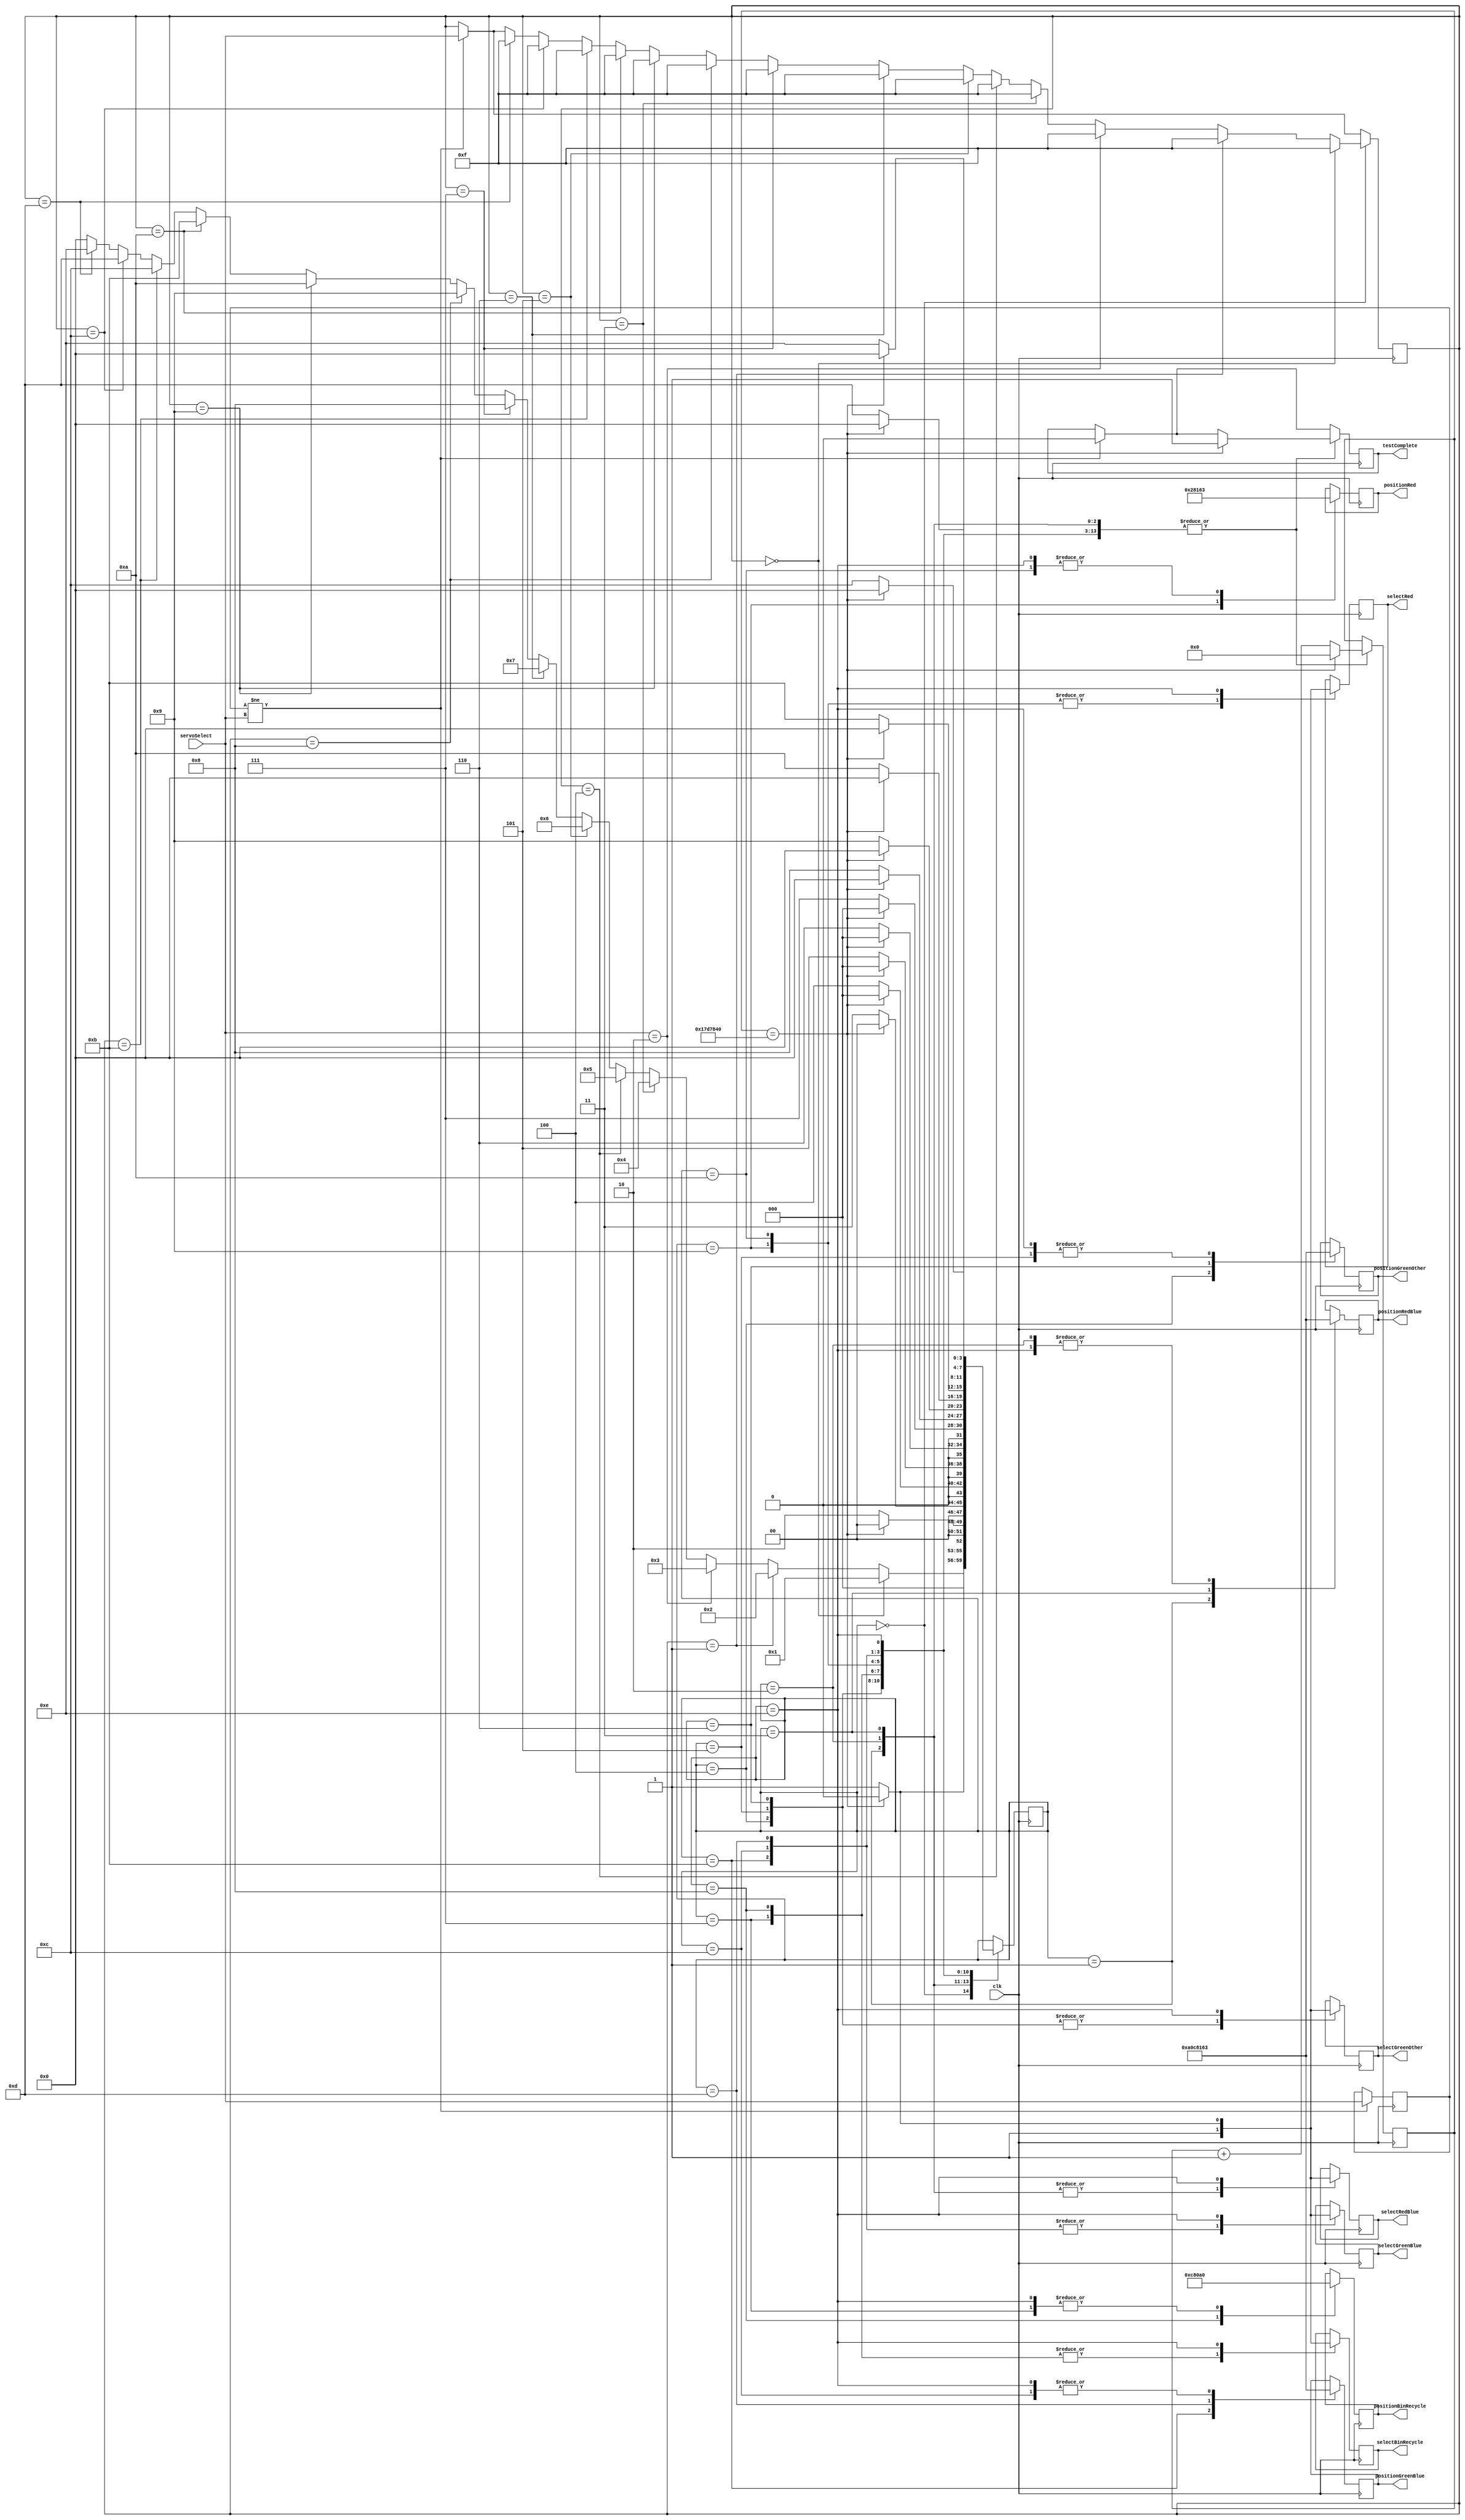
module testServo(clk, servoSelect, selectRedBlue, selectGreenOther, selectBinRecycle, selectRed, selectGreenBlue, positionRedBlue, positionGreenOther, positionBinRecycle, positionRed, positionGreenBlue, testComplete);

//inputs
input clk;
input [3:0] servoSelect;

//outputs
output selectRedBlue, selectGreenOther, selectBinRecycle, selectRed, selectGreenBlue;
output [9:0] positionRedBlue, positionGreenOther, positionBinRecycle, positionRed, positionGreenBlue;
output testComplete;

//reg
reg selectRedBlue, selectGreenOther, selectBinRecycle, selectRed, selectGreenBlue;
reg [9:0] positionRedBlue, positionGreenOther, positionBinRecycle, positionRed, positionGreenBlue;
reg [3:0] state;
reg [24:0] pause;
reg [3:0] servoSelectCheck, servoSelect_reg;
reg testComplete;

//initial
initial pause = 25'd0;
initial selectRedBlue = 1'b0;
initial selectGreenOther = 1'b0;
initial selectBinRecycle = 1'b0;
initial selectRed = 1'b0;
initial selectGreenBlue = 1'b0;

//state
parameter control = 4'd0, redBlueLeft = 4'd1, redBlueCentre = 4'd2, redBlueRight = 4'd3, greenOtherUp = 4'd4,
		  greenOtherCentre = 4'd5, greenOtherDown = 4'd6, binRecycleLeft = 4'd7, binRecycleRight = 4'd8,
		  redPush = 4'd9, redHome = 4'd10, greenBlueLeft = 4'd11, greenBlueCentre = 4'd12,
		  greenBlueRight = 4'd13, maintenanceEND = 4'd14;

always@(posedge clk)
	begin
	if(servoSelectCheck != servoSelect)	//check if the input of which servo to test has changed
		begin
		servoSelectCheck <= servoSelect;	//change the check to the input if it is diffrent
		servoSelect_reg <= servoSelect;		//change the reg to the input if it is diffrent
		testComplete <= 1'b0;
		end
	case(state)
		control:
			begin
			if(servoSelect_reg == 4'b0000)	//check if input is redBlueLeft
				begin
				servoSelect_reg <= 4'b1111;	// set servo select to do nothing state
				state <= redBlueLeft;	//goto redBlueLeft state
				end
			else if(servoSelect_reg == 4'b0001)	//check if input is redBlueCentre
				begin
				servoSelect_reg <= 4'b1111;	//set servo select to do nothing state
				state <= redBlueCentre;	//goto greenOtherLeft state
				end
			else if(servoSelect == 4'b0010)	//check if input is redBlueRight
				begin
				servoSelect_reg <= 4'b1111;
				state <= redBlueRight;
				end
			else if(servoSelect_reg == 4'b0011)	//check if input is greenOtherUp
				begin
				servoSelect_reg <= 4'b1111;
				state <= greenOtherUp;
				end
			else if(servoSelect_reg == 4'b0100)	//check if input is greenOtherCentre
				begin
				servoSelect_reg <= 4'b1111;
				state <= greenOtherCentre;
				end
			else if(servoSelect_reg == 4'b0101)	//check if input is greenOtherDown
				begin
				servoSelect_reg <= 4'b1111;
				state <= greenOtherDown;
				end
			else if(servoSelect_reg == 4'b0110)	//check if input is binRecycleLeft
				begin
				servoSelect_reg <= 4'b1111;
				state <= binRecycleLeft;
				end
			else if(servoSelect_reg == 4'b0111)	//check if input is binRecycleRight
				begin
				servoSelect_reg <= 4'b1111;
				state <= binRecycleRight;
				end
			else if(servoSelect_reg == 4'b1000)	//check if input is redPush
				begin
				servoSelect_reg <= 4'b1111;
				state <= redPush;
				end
			else if(servoSelect_reg == 4'b1001)	//check if input is redHome
				begin
				servoSelect_reg <= 4'b1111;
				state <= redHome;
				end
			else if(servoSelect_reg == 4'b1010)	//check if input is greenBlueLeft
				begin
				servoSelect_reg <= 4'b1111;
				state <= greenBlueLeft;
				end
			else if(servoSelect_reg == 4'b1011)	//check if input is greenBlueCentre
				begin
				servoSelect_reg <= 4'b1111;
				state <= greenBlueCentre;
				end
			else if(servoSelect_reg == 4'b1100)	//check if input is greenBlueRight
				begin
				servoSelect_reg <= 4'b1111;
				state <= greenBlueRight;
				end
			else if(servoSelect_reg == 4'b1101)
				begin
				servoSelect_reg <= 4'b1111;
				state <= maintenanceEND;
				end
			else
				state <= control;			//if servo select is none of the action values then set state back to cnotrol
			end
		redBlueLeft:			//REDBLUELEFT
			begin
			selectRedBlue <= 1'b1;
			positionRedBlue <= 10'd160;	//set servo to 0 degrees
			if(pause == 25000000)
				begin
				pause <= 0;
				testComplete <= 1'b1;
				state <= control;
				end
			else
				begin
				pause <= pause + 1;
				state <= redBlueLeft;
				end
			end
		redBlueCentre:			//REDBLUECENTRE
			begin
			selectRedBlue <= 1'b1;
			positionRedBlue <= 10'd355;	//set servo to 90 degrees
			if(pause == 25000000)	//wait for 0.5 seconds
				begin
				pause <= 0;	//set pause to 0
				testComplete <= 1'b1;
				state <= control;	//goto control state
				end
			else
				begin
				pause <= pause + 1;	//increse pause by one
				state <= redBlueCentre;	//continue looping
				end
			end
		redBlueRight:			//REDBLUERIGHT
			begin
			selectRedBlue <= 1'b1;
			positionRedBlue <= 10'd800;	//set servo to 90 degrees
			if(pause == 25000000)	//wait for 0.5 seconds
				begin
				pause <= 0;	//set pause to 0 
				testComplete <= 1'b1;
				state <= control;	//goto control state
				end
			else
				begin
				pause <= pause + 1;	//increase pause by one
				state <= redBlueRight;	//goto state redBlueRight
				end
			end
		greenOtherUp:			//GREENOTHERUP
			begin
			selectGreenOther <= 1'b1;
			positionGreenOther <= 10'd160;	//set servo to 0 degrees
			if(pause == 25000000)	//wait for 0.5 seconds
				begin
				pause <= 0;	//set pause to 0
				testComplete <= 1'b1;
				state <= control;	//goto state control
				end
			else
				begin
				pause <= pause + 1;	//increase pause by one
				state <= greenOtherUp;	//goto state greenOtherUp
				end
			end
		greenOtherCentre:		//GREENOTHERCENTRE
			begin
			selectGreenOther <= 1'b1;
			positionGreenOther <= 10'd355;	//set servo to 180 degrees
			if(pause == 25000000)	//wait for 0.5 seconds
				begin
				pause <= 0;	//set pause to 0
				testComplete <= 1'b1;
				state <= control;	//goto state control
				end
			else
				begin
				pause <= pause + 1;	//increase pause by one
				state <= greenOtherCentre;	//goto state greenOtherCentre
				end
			end
		greenOtherDown:		//GREENOTHERDOWN
			begin
			selectGreenOther <= 1'b1;
			positionGreenOther <= 10'd800;	//set servo to 90 degrees
			if(pause == 25000000)	//wait for 0.5 seconds
				begin
				pause <= 0;	//set pause to 0
				testComplete <= 1'b1;
				state <= control;	//goto state control
				end
			else
				begin
				pause <= pause + 1;	//increase pause by one
				state <= greenOtherDown;	//goto state greenOtherCentre
				end
			end
		binRecycleLeft:			//BINRECYCLELEFT
			begin
			selectBinRecycle <= 1'b1;
			positionBinRecycle <= 10'd160;	//set servo to 0 degrees
			if(pause == 25000000)	//wait for 0.5 seconds
				begin
				pause <= 0;	//set pause to 0
				testComplete <= 1'b1;
				state <= control;	//goto state binRecycle
				end
			else
				begin
				pause <= pause + 1;	//increase pause by one
				state <= binRecycleLeft;	//goto state binRecycleLeft
				end
			end
		binRecycleRight:		//BINRECYCLERIGHT
			begin
			selectBinRecycle <= 1'b1;
			positionBinRecycle <= 10'd800;	//set servo to 180 degrees
			if(pause == 25000000)	//wait for 0.5 seconds
				begin
				pause <= 0;	//set pause to 0
				testComplete <= 1'b1;
				state <= control;	//goto state control
				end
			else
				begin
				pause <= pause + 1;	//increase pause by one
				state <= binRecycleRight;	//goto state binRecycleRight
				end
			end
		redPush:				//REDPUSH
			begin
			selectRed <= 1'b1;
			positionRed <= 10'd160;	//set servo to 0 degrees
			if(pause == 25000000)	//wait for 0.5 seconds
				begin
				pause <= 0;	//set pause to 0
				testComplete <= 1'b1;
				state <= control;	//goto state redRight
				end
			else
				begin
				pause <= pause + 1;	//increase pause by one
				state <= redPush;	//goto state redLeft
				end
			end
		redHome:				//REDHOME
			begin
			selectRed <= 1'b1;
			positionRed <= 10'd355;	//set servo to 180 degrees
			if(pause == 25000000)	//wait for 0.5 seconds
				begin
				pause <= 0;	//set pause to 0
				testComplete <= 1'b1;
				state <= control;	//goto state redCentre
				end
			else
				begin
				pause <= pause + 1;	//increase pause by one
				state <= redHome;	//goto state redRight
				end
			end
		greenBlueLeft:			//GREENBLUELEFT
			begin
			selectGreenBlue <= 1'b1;
			positionGreenBlue <= 10'd160;	//set servo to 0 degrees
			if(pause == 25000000)	//wait for 0.5 seconds
				begin
				pause <= 0;	//set pause to 0
				testComplete <= 1'b1;
				state <= control;	//goto state greenBlueRight
				end
			else
				begin
				pause <= pause + 1;	//increase pause by one
				state <= greenBlueLeft;	//goto state greenBlueLeft
				end
			end
		greenBlueCentre:			//GREENBLUECENTRE
			begin
			selectGreenBlue <= 1'b1;
			positionGreenBlue <= 10'd355;	//set servo to 180 degrees
			if(pause == 25000000)	//wait for 0.5 seconds
				begin
				pause <= 0;	//set pause to 0
				testComplete <= 1'b1;
				state <= control;	//goto state greenBlueCentre
				end
			else
				begin
				pause <= pause + 1;	//increase pause by one
				state <= greenBlueCentre;	//goto state greenBlueRight
				end
			end
		greenBlueRight:		//GREENBLUERIGHT
			begin
			selectGreenBlue <= 1'b1;
			positionGreenBlue <= 10'd800;	//set servo to 90 degrees
			if(pause == 25000000)	//wait for 0.5 seconds
				begin
				pause <= 0;	//set pause to 0
				testComplete <= 1'b1;
				state <= control;	//goto state control
				end
			else
				begin
				pause <= pause + 1;	//increase pause by one
				state <= greenBlueRight;	//goto state greenBlueCentre
				end
			end
		maintenanceEND:
			begin
			selectRedBlue <= 1'b1;
			selectGreenOther <= 1'b1;
			selectBinRecycle <= 1'b1;
			selectRed <= 1'b1;
			selectGreenBlue <= 1'b1;
			positionRedBlue <= 10'd355;
			positionGreenOther <= 10'd355;
			positionBinRecycle <= 10'd160;
			positionRed <= 10'd355;
			positionGreenBlue <= 10'd355;
			if(pause == 25000000)
				begin
				pause <= 0;
				selectRedBlue <= 1'b0;
				selectGreenOther <= 1'b0;
				selectBinRecycle <= 1'b0;
				selectRed <= 1'b0;
				selectGreenBlue <= 1'b0;
				testComplete <= 1'b1;
				state <= control;
				end
			else
				begin
				pause = pause + 1;
				state <= maintenanceEND;
				end
			end
		endcase
	end
	
endmodule